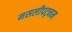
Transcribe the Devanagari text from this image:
मसलीपट्नम